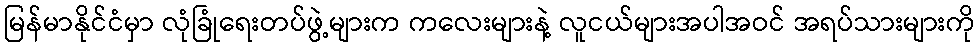
မြန်မာနိုင်ငံမှာ လုံခြုံရေးတပ်ဖွဲ့များက ကလေးများနဲ့ လူငယ်များအပါအဝင် အရပ်သားများကို